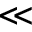
\ll